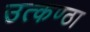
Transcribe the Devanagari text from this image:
उत्‍कण्‍ठा